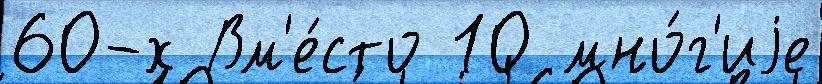
60-х Вм'е́сто 10 мно́г'иjе